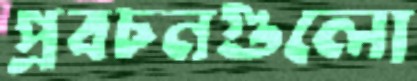
প্রবচনগুলো